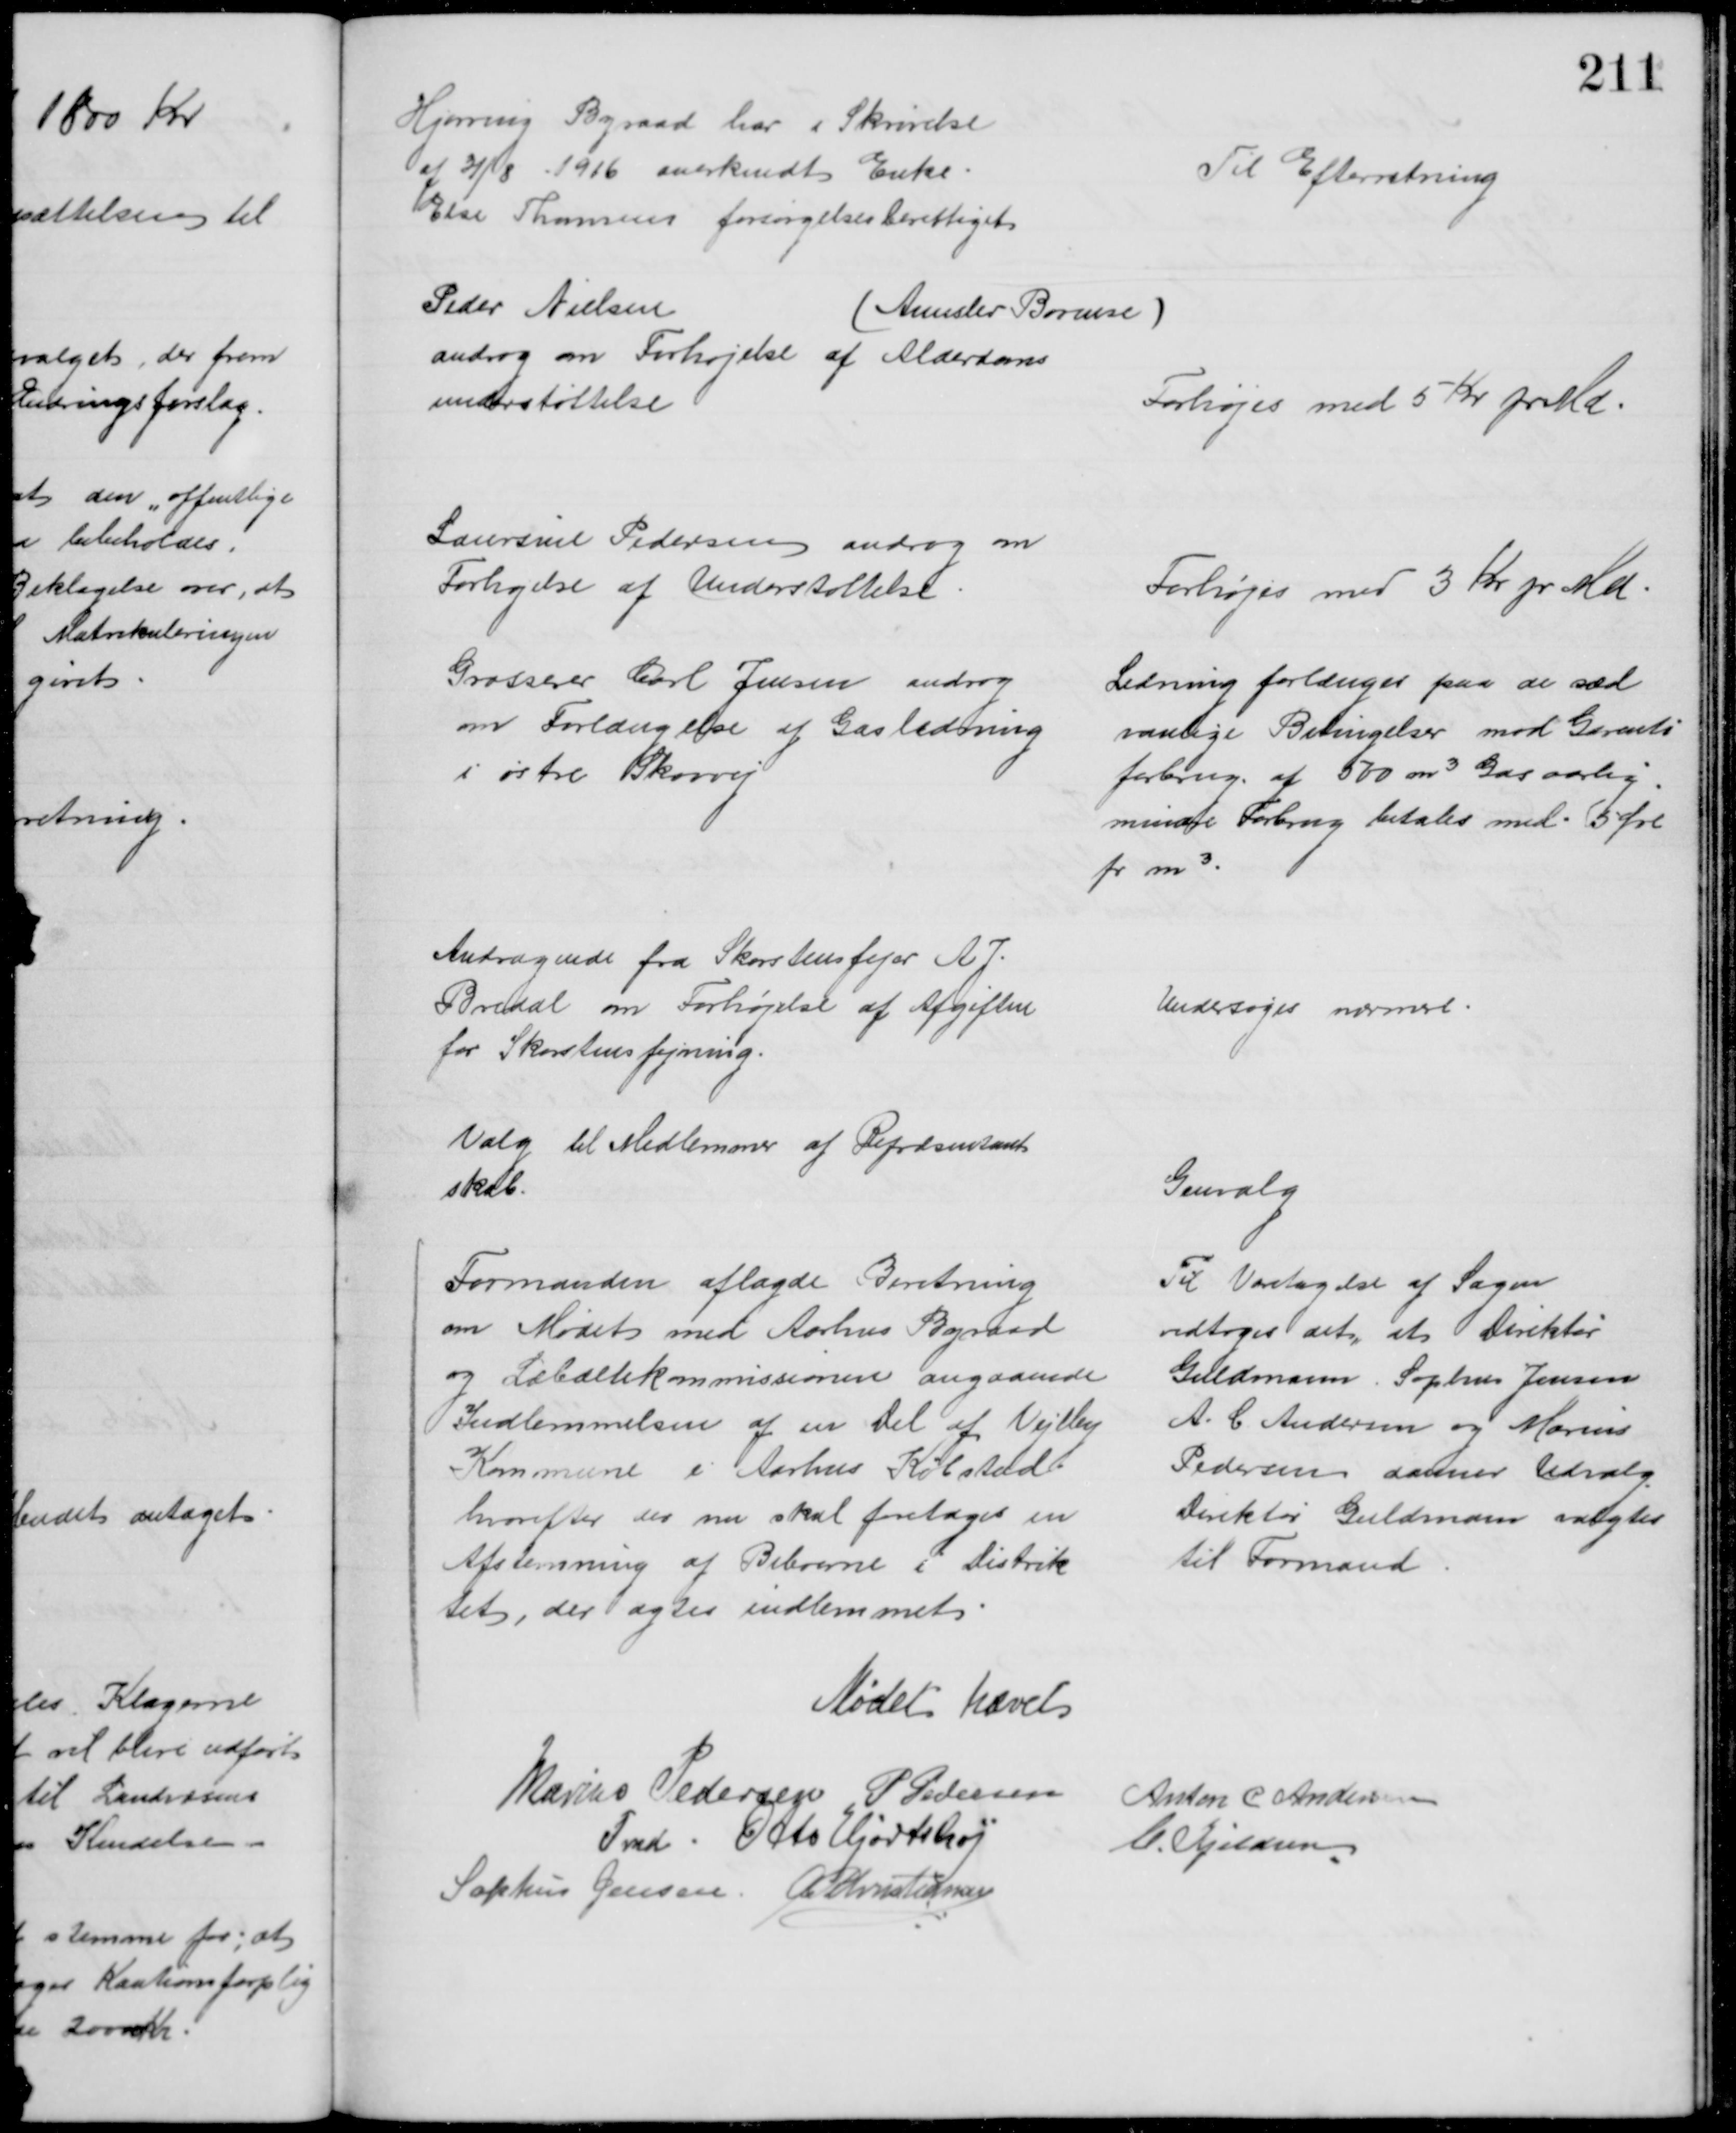
Transskription:
Hjørring Byraad har i Skrivelse
af 21/8 1916 anerkendt Enke
Else Thomsen forsørgelsesberettiget
Til Efterretning
Peder Nielsen
androg om Forhøjelse af Alderdoms
understøttelse
(Aunslev Bovense)
Forhøjes med 5 Kr pr Md
Laursine Pedersen androg om
Forhøjelse af Understøttelse
Forhøjes med 3 Kr pr Md
Grosserer Carl Jensen androg 
om Forlængelse af Gasledning
i østre Skovvej
Ledning forlænges paa de sæd
vanlige Betingelser mod Garenti
forbrug af 500 m3 Gas aarlig
mindre Forbrug betales med 5 Øre
pr m3.
Andragende fra Skorstensfejer A. J.
Bredal om Forhøjelse af Afgiften
for Skorstensfejning.
Undersøges nærmere
Valg til Medlemmer af Repræsentant
skab.
Genvalg
Formanden aflagde Beretning
om Mødet med Aarhus Byraad
og Læbæltekommissionen angaaende
Indlemmelsen af en Del af Vejlby
Kommune i Aarhus Købstad
hvorefter der nu skal foretages en
Afstemning af Beboerne i Distrik
tet, der agtes indlemmet
Til Varetagelse af Sagen
vedtoges det, at Direktør
Guldmann, Sophus Jensen
A. C. Andersen og Marius
Pedersen danner Udvalg
Direktør Guldmann valgtes
til Formand
Mødet hævet
Marius Pedersen 
Fmd
P Pedersen
Anton C Andersen
Otto Hjortshøj
C. Kjeldsen
Sophus Jensen A. P. Christiansen